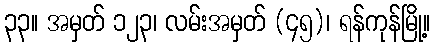
၃၃။ အမှတ် ၁၂၃၊ လမ်းအမှတ် (၄၅)၊ ရန်ကုန်မြို့။